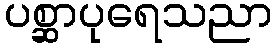
ပစ္ဆာပုရေသညာ